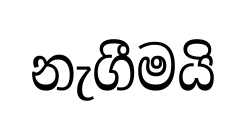
නැගීමයි